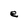
Character: e